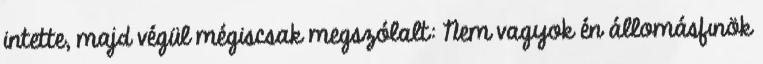
intette, majd végül mégiscsak megszólalt: Nem vagyok én állomásfınök